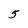
Character: 5